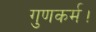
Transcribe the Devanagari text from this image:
गुणकर्म।